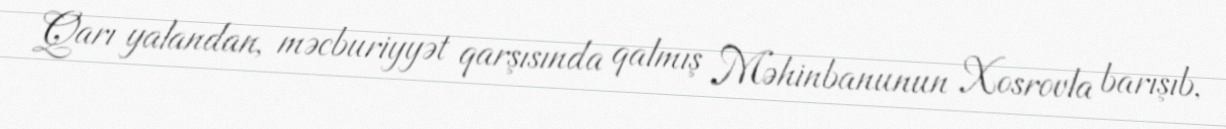
Qarı yalandan, məcburiyyət qarşısında qalmış Məhinbanunun Xosrovla barışıb,